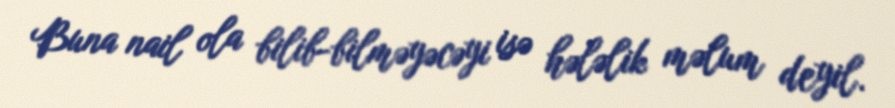
Buna nail ola bilib-bilməyəcəyi isə hələlik məlum deyil.